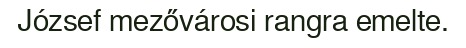
József mezővárosi rangra emelte.